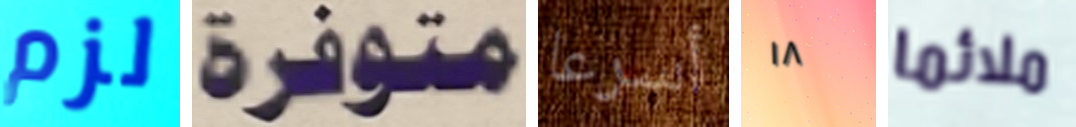
لزم متوفرة أسرعا ١٨ ملائما